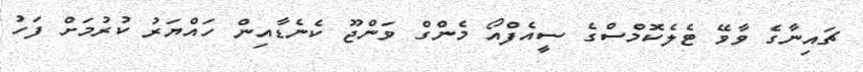
ޗައިނާގެ ވާވޭ ޓެލެކޮމްސްގެ ސީއެފްއޯ މެންގް ވަންޖޫ ކެނެޑާއިން ހައްޔަރު ކުރުމަށް ފަހު